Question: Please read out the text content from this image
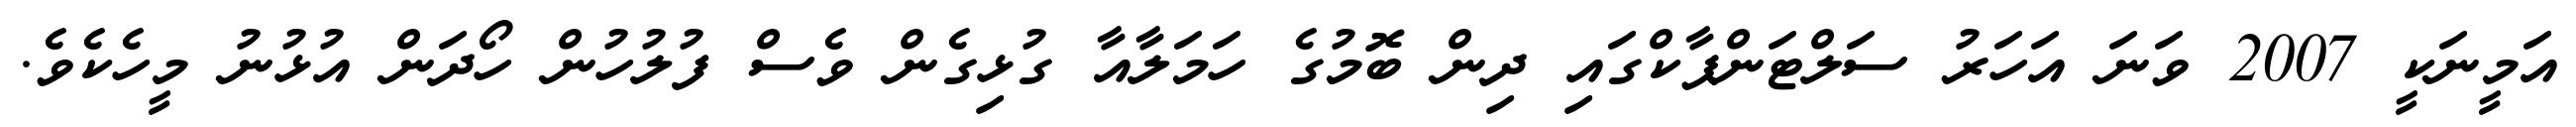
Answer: އަމީނަކީ 2007 ވަނަ އަހަރު ސަލްޓަންޕާކްގައި ދިން ބޮމުގެ ހަމަލާއާ ގުޅިގެން ވެސް ފުލުހުން ހޯދަން އުޅުނު މީހެކެވެ.